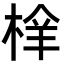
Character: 㮆